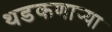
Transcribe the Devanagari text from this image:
थडकणार्‍या